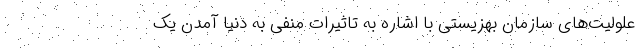
علولیت‌های سازمان بهزیستی با اشاره به تاثیرات منفی به دنیا آمدن یک